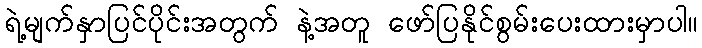
ရဲ့မျက်နှာပြင်ပိုင်းအတွက် နဲ့အတူ ဖော်ပြနိုင်စွမ်းပေးထားမှာပါ။